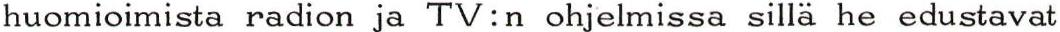
huomioimista radion ja TV:n ohjelmissa sillä he edustavat